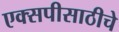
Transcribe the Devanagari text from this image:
एक्सपीसाठीचे